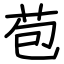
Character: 苞